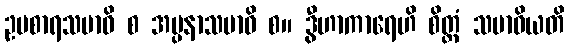
ဥပစာရသမာဓိ စ အပ္ပနာသမာဓိ စ။ ဒွီဟာကာရေဟိ စိတ္တံ သမာဓိယတိ